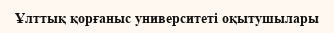
Ұлттық қорғаныс университеті оқытушылары